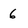
Character: 6